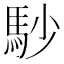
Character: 𩡾